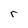
Character: r